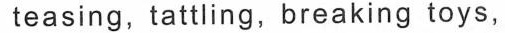
teasing, tattling, breaking toys,